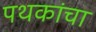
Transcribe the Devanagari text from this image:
पथकांचा